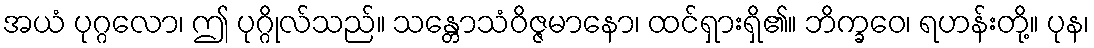
အယံ ပုဂ္ဂလော၊ ဤ ပုဂ္ဂိုလ်သည်။ သန္တောသံဝိဇ္ဇမာနော၊ ထင်ရှားရှိ၏။ ဘိက္ခဝေ၊ ရဟန်းတို့။ ပုန၊